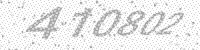
Solution: 410802